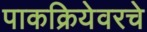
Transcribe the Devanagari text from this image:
पाकक्रियेवरचे